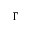
\Gamma